Document type: Grant of rights
Year: 1280
Scribe: Pere Marc
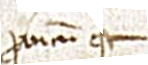
Probatam est.